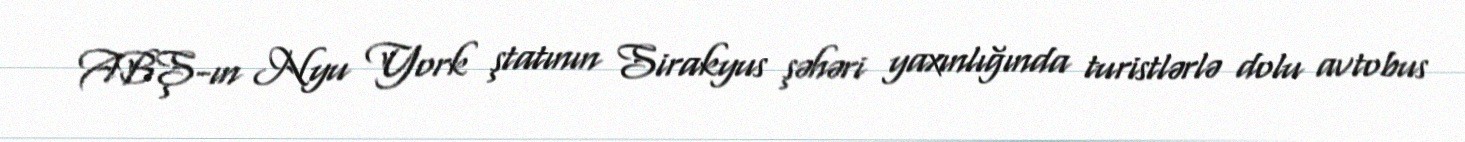
ABŞ-ın Nyu York ştatının Sirakyus şəhəri yaxınlığında turistlərlə dolu avtobus